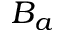
B _ { a }